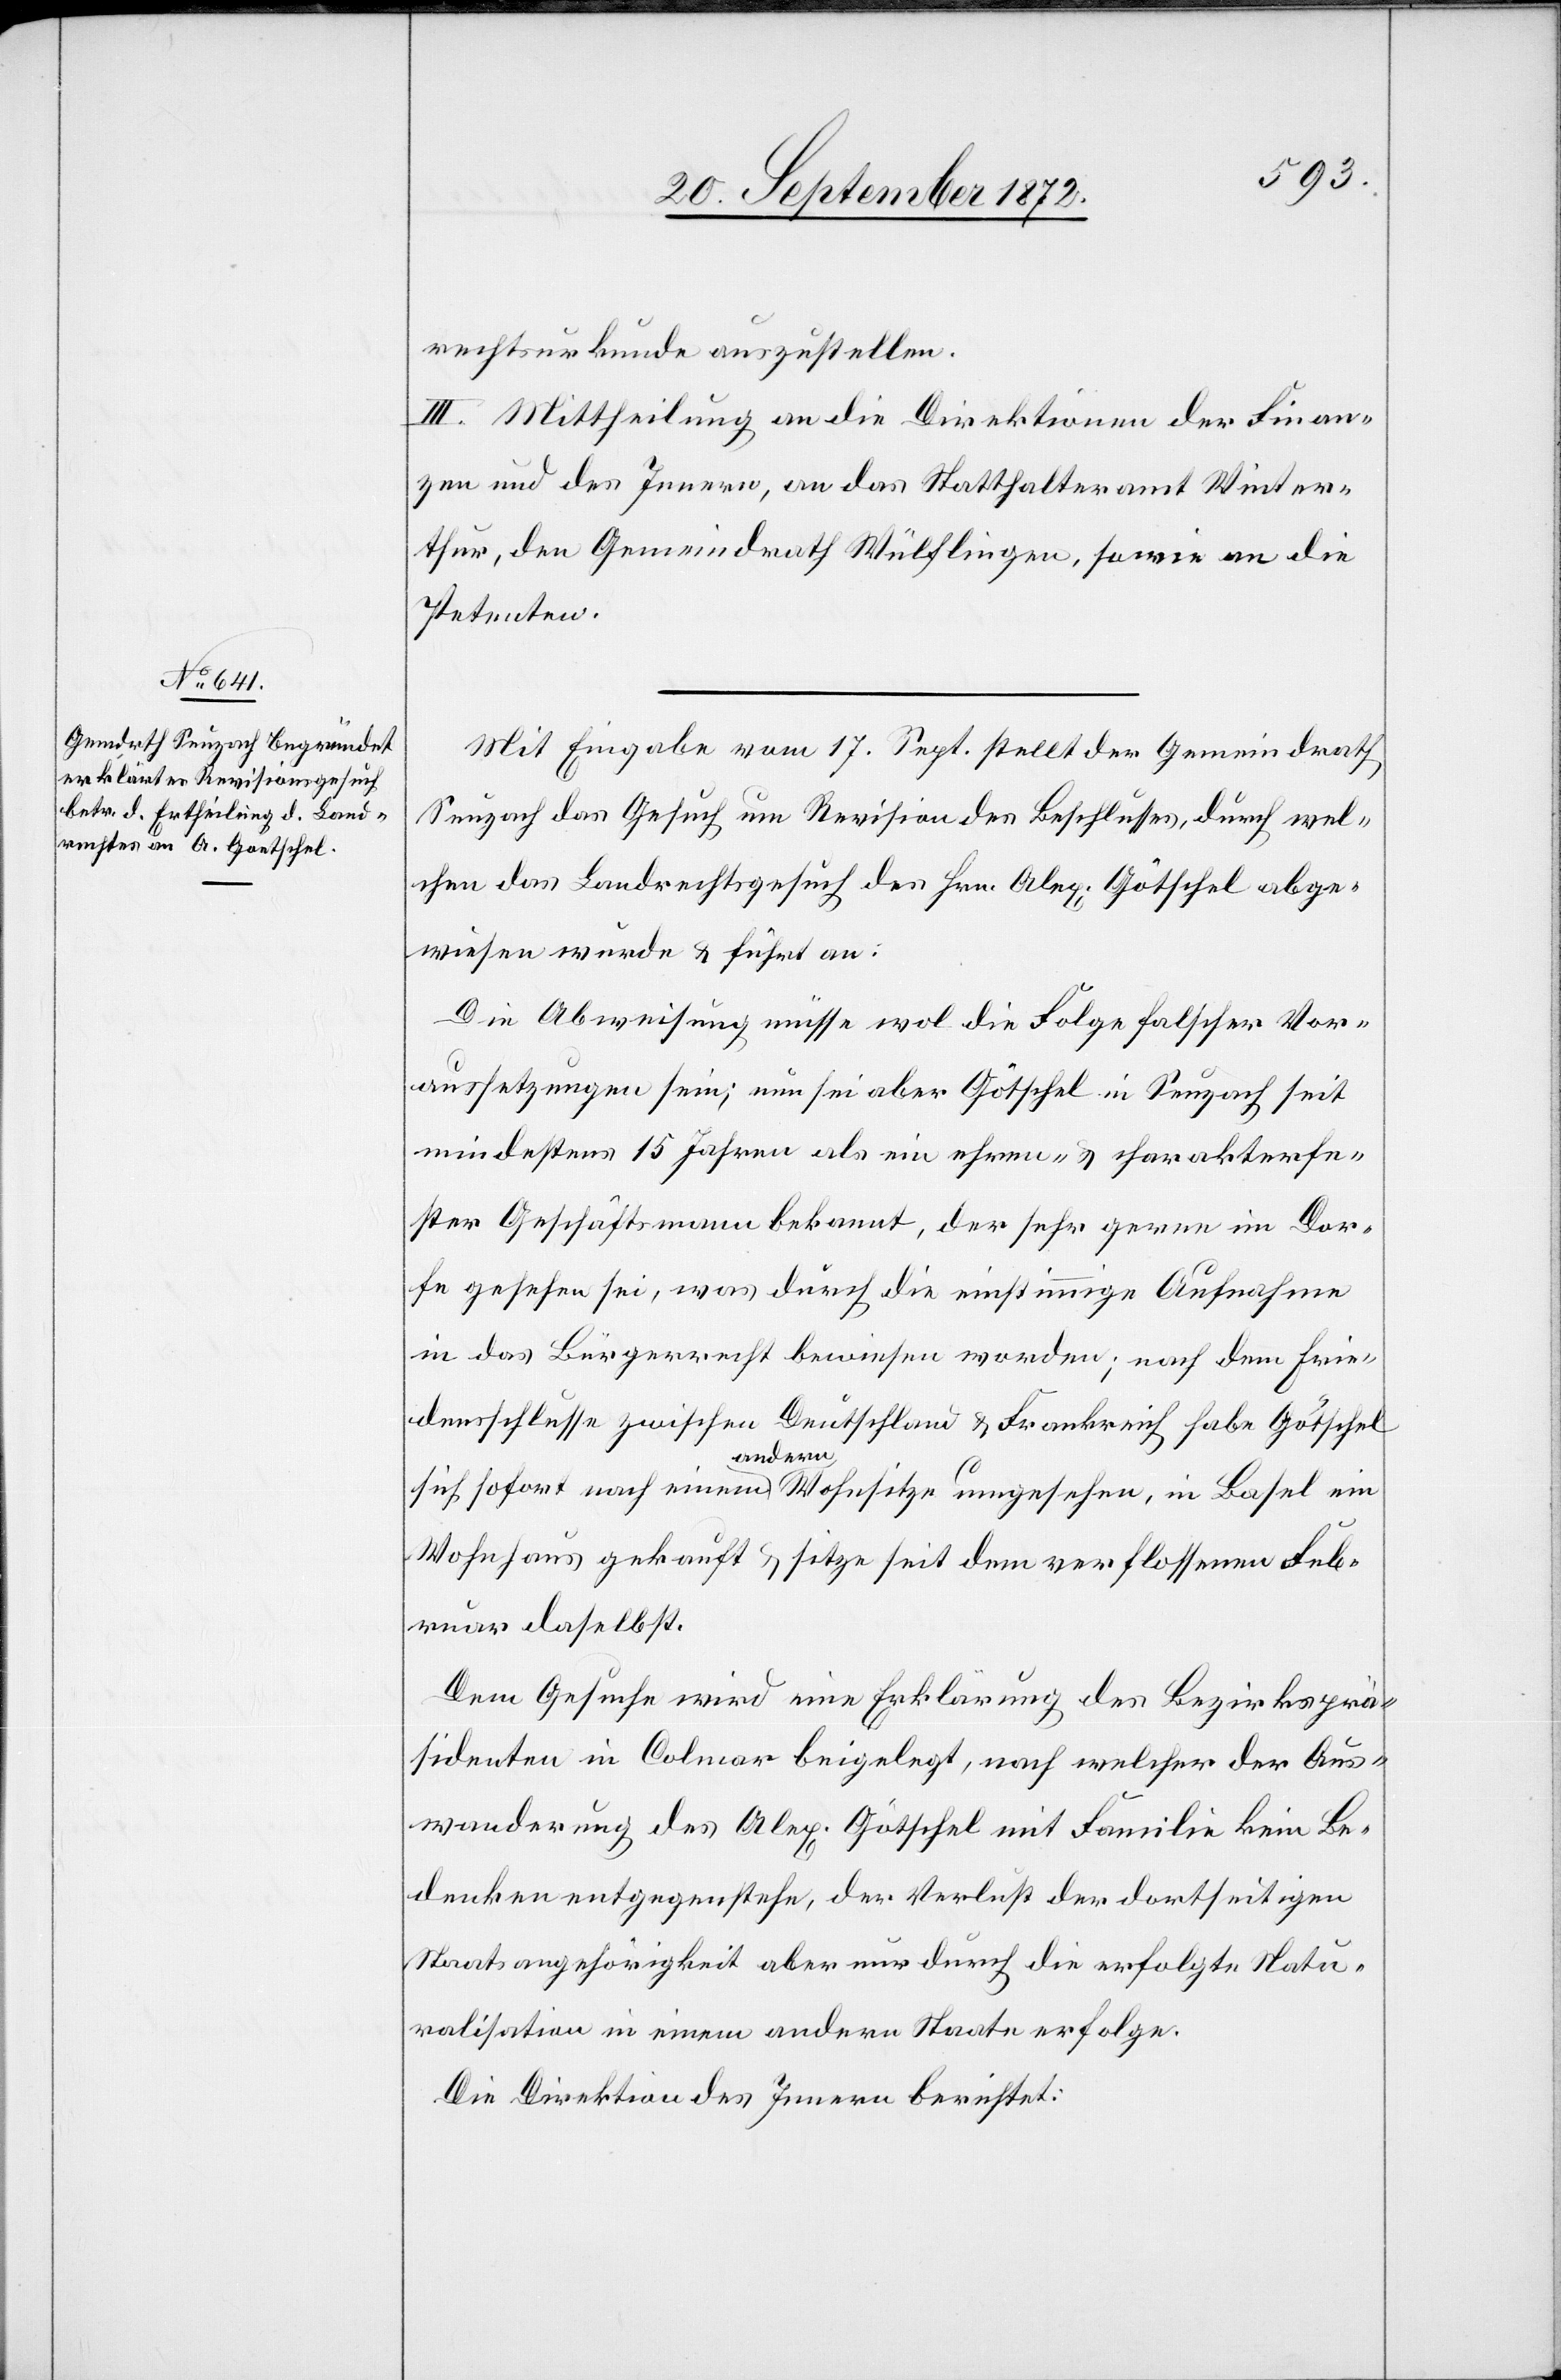
rechtsurkunde auszustellen.
III. Mittheilung an die Direktionen der Finan¬
zen und des Innern, an das Statthalteramt Winter¬
thur, den Gemeindrath Wülflingen, sowie an die
Petenten.
Mit Eingabe vom 17. Sept. stellt der Gemeindrath
Seuzach das Gesuch um Revision des Beschlusses, durch wel¬
chen das Landrechtsgesuch des Hrn. Alex. Götschel abge¬
wiesen wurde u. führt an:
Die Abweisung müsse wol die Folge falscher Vor¬
aussetzungen sein; nun sei aber Götschel in Seuzach seit
mindestens 15 Jahren als ein ehren- u. charakterfe¬
ster Geschäftsmann bekannt, der sehr gern im Dor¬
fe gesehen sei, was durch die einstimmige Aufnahme
in das Bürgerrecht bewiesen worden; nach dem Frie¬
densschlusse zwischen Deutschland u. Frankreich habe Götschel
sich sofort nach einem andern Wohnsitze umgesehen, in Basel ein
Wohnhaus gekauft u. sitze seit dem verflossenen Feb¬
ruar daselbst.
Dem Gesuche wird eine Erklärung des Bezirksprä¬
sidenten in Colmar beigelegt, nach welcher der Aus¬
wanderung des Alex. Götschel mit Familie kein Be¬
denken entgegenstehe, der Verlust der dortseitigen
Staatsangehörigkeit aber nur durch die erfolgte Natu¬
ralisation in einem andern Staate erfolge.
Die Direktion des Innern berichtet: